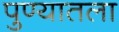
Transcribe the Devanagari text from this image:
पुण्यातला